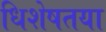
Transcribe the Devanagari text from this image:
धिशेषतया